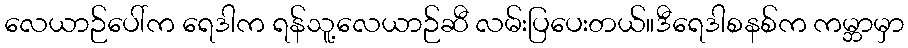
လေယာဉ်ပေါ်က ရေဒါက ရန်သူ့လေယာဉ်ဆီ လမ်းပြပေးတယ်။ဒီရေဒါစနစ်က ကမ္ဘာမှာ